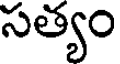
సత్యం